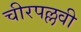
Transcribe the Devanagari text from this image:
चीरपल्लवी